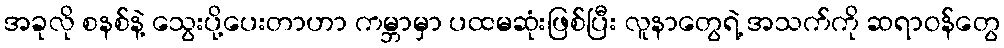
အခုလို စနစ်နဲ့ သွေးပို့ပေးတာဟာ ကမ္ဘာမှာ ပထမဆုံးဖြစ်ပြီး လူနာတွေရဲ့ အသက်ကို ဆရာဝန်တွေ